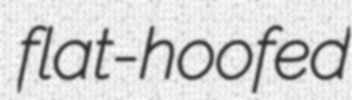
flat-hoofed